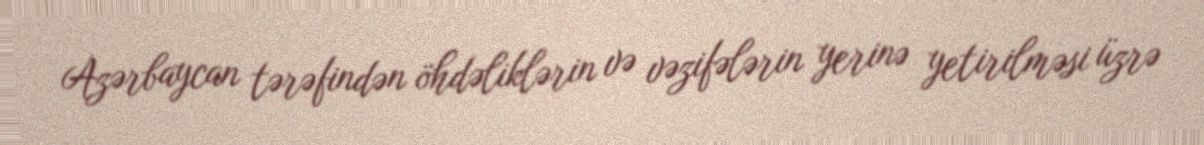
Azərbaycan tərəfindən öhdəliklərin və vəzifələrin yerinə yetirilməsi üzrə